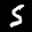
Label: 5